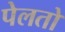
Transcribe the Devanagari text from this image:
पेलतो